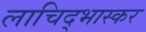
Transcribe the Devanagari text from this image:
लाचिद्भास्कर